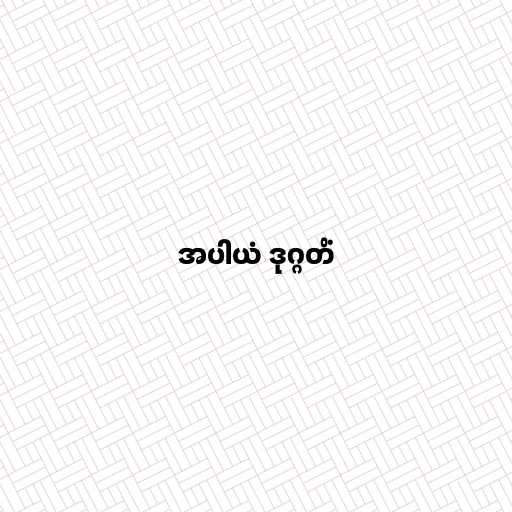
အပါယံ ဒုဂ္ဂတိံ